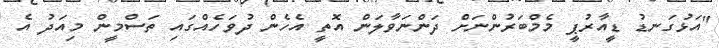
"އަޅުގަނޑު ޑީއާރުޕީ މެމްބަރުންނަށް ދަންނަވާލަން އޮތީ އެހެން ދުވަހެއްގައި ތަސްމީން މިއަދު އެ